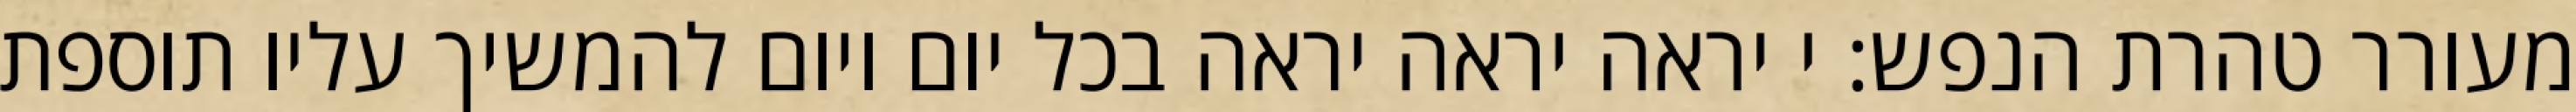
מעורר טהרת הנפש: י יראה יראה יראה בכל יום ויום להמשיך עליו תוספת